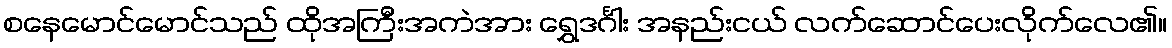
စနေမောင်မောင်သည် ထိုအကြီးအကဲအား ရွှေဒင်္ဂါး အနည်းငယ် လက်ဆောင်ပေးလိုက်လေ၏။